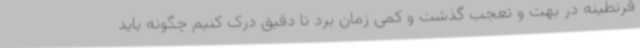
قرنطینه در بهت و تعجب گذشت و کمی زمان برد تا دقیق درک کنیم چگونه باید